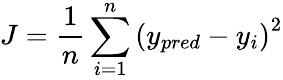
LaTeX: J=\frac{1}{n}\sum_{i=1}^{n}\left(y_{pred}-y_{i}\right)^{2}